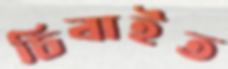
চিবাইত